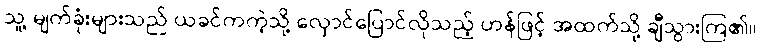
သူ့ မျက်ခုံးများသည် ယခင်ကကဲ့သို့ လှောင်ပြောင်လိုသည့် ဟန်ဖြင့် အထက်သို့ ချီသွားကြ၏။